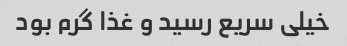
خیلی سریع رسید و غذا گرم بود